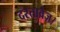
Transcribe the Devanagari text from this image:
दस्तावेज़।